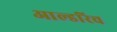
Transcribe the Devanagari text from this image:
आल्डरिच